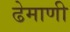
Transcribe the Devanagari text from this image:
ढेमाणी